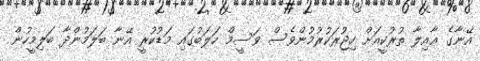
އޭނާގެ ޢާއިލާ ތުރުކީއަށް ހިޖުރަކުރުމުންވެސް ވަސީމް ހަލަބުގައި މަޑުކުރީ އޭނާ ބަލަމުންދާ ބަލިމީހުން